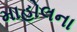
માહોલના